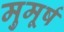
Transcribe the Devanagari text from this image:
मुमूर्ष